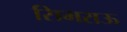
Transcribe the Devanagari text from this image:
सिमराऊ